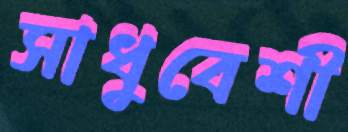
সাধুবেশী